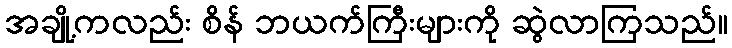
အချို့ကလည်း စိန် ဘယက်ကြီးများကို ဆွဲလာကြသည်။